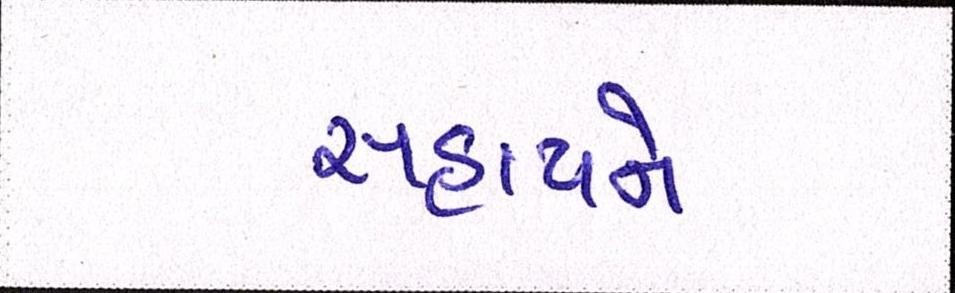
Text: સહાયને